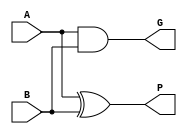
module square(
    input A,
    input B,
    output P,
    output G
);
	
	xor xor0 (P, A, B);
	and and0 (G, A, B);
	
endmodule